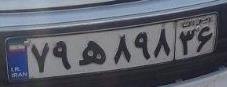
۷۹ه۸۹۸۳۶